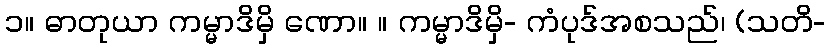
၁။ ဓာတုယာ ကမ္မာဒိမှိ ဏော။ ။ ကမ္မာဒိမှိ- ကံပုဒ်အစသည်၊ (သတိ-